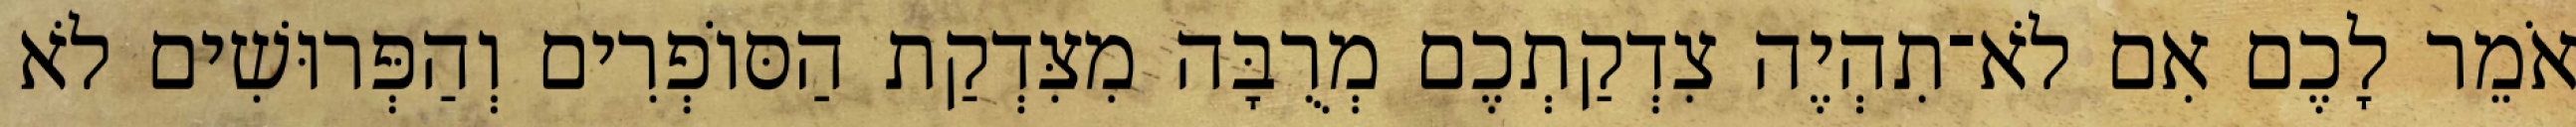
אֹמֵר לָכֶם אִם לֹא־תִהְיֶה צִדְקַתְכֶם מְרֻבָּה מִצִּדְקַת הַסּוֹפְרִים וְהַפְּרוּשִׁים לֹא